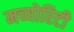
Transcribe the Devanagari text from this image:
मच्योरिटी